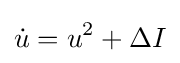
{\dot {u}}=u^{2}+\Delta I